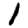
Digit: 1